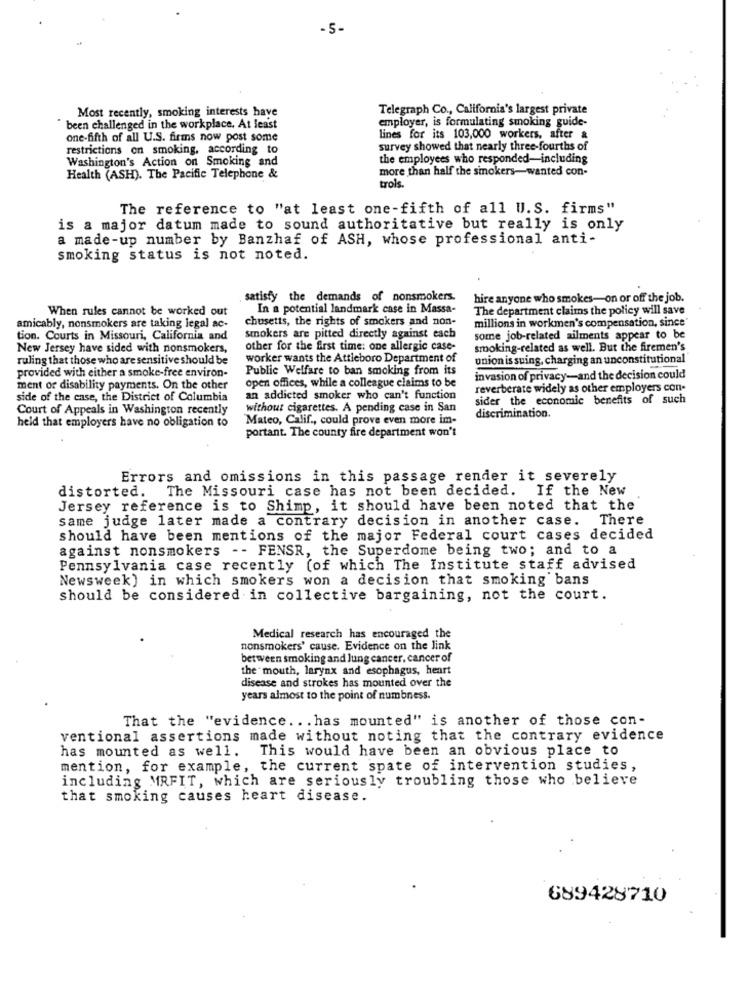
-5-
Telegraph Co ., California's largest private
Most recently, smoking interests have
employer, is formulating smoking guide-
been challenged in the workplace. At least
one-fifth of all U.S. firms now post some
lines for its 103,000 workers, after &
restrictions on smoking, according to
survey showed that nearly three-fourths of
Washington's Action on Smoking and
the employees who responded-including
more than half the sinokers-wanted con-
Health (ASH). The Pacific Telephone &
trois.
The reference to "at least one-fifth of all U.S. firms"
is a major datum made to sound authoritative but really is only
a made-up number by Banzhaf of ASH, whose professional anti-
smoking status is not noted.
satisfy the demands of nonsmokers.
hire anyone who smokes-on or off the job.
When rules cannot be worked out
In a potential landmark case in Massa-
The department claims the policy will save
chusetts, the rights of smokers and non-
millions in workmen's compensation, since'
amicably, nonsmokers are taking legal ac-
tion. Courts in Missouri, California and
smokers are pitted directly against each
some job-related ailments appear to be
New Jersey have sided with nonsmokers,
other for the first time: one allergic case-
smooking-related as well. But the firemen's
ruling that those who are sensitive should be
worker wants the Attleboro Department of
union is suing, charging an unconstitutional
provided with either a smoke-free environ-
Public Welfare to ban smoking from its
open offices, while a colleague claims to be
invasion of privacy-and the decision could
ment of disability payments. On the other
reverberate widely as other employers con-
side of the case, the District of Columbia
an addicted smoker who can't function
sider the economic benefits of such
Court of Appeals in Washington recently
without cigarettes. A pending case in San
held that employers have no obligation to
Mateo, Calif ., could prove even more im-
discrimination.
portant. The county fire department won't
Errors and omissions in this passage render it severely
The Missouri case has not been decided. If the New
distorted.
Jersey reference is to Shimp, it should have been noted that the
same judge later made a contrary decision in another case. There
should have been mentions of the major Federal court cases decided
against nonsmokers -- FENSR, the Superdome being two; and to a
Pennsylvania case recently (of which The Institute staff advised
Newsweek) in which smokers won a decision that smoking bans
should be considered in collective bargaining, not the court.
Medical research has encouraged the
nonsmokers' cause. Evidence on the link
between smoking and lung cancer, cancer of
the mouth, larynx and esophagus, heart
disease and strokes has mounted over the
years almost to the point of numbness.
That the "evidence .. . has mounted" is another of those con-
ventional assertions made without noting that the contrary evidence
has mounted as well.
This would have been an obvious place to
mention, for example, the current spate of intervention studies,
including MRFIT, which are seriously troubling those who believe
that smoking causes heart disease.
689428710